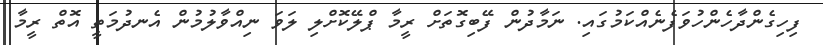
ފިހިގެންދާހެންހުވަފެނެއްކަމުގައި. ނަމާދުން ފޭބިގޮތަށް ރީމާ ޕްލޭކޮށްލި ލަވަ ނިއްވާލުމުން އެނދުމަތީ އޮތް ރީމާ